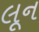
લૂન